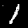
Digit: 1